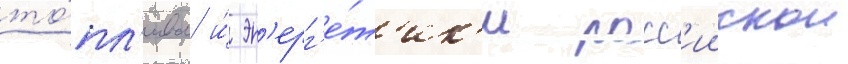
то́пл'ива и́ эн'ерг'е́т'ик'и росс'иискои